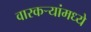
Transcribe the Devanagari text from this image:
वारकर्‍यांमध्ये